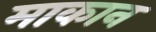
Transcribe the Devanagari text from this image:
माकान